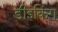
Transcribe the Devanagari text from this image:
डीइंकिंग